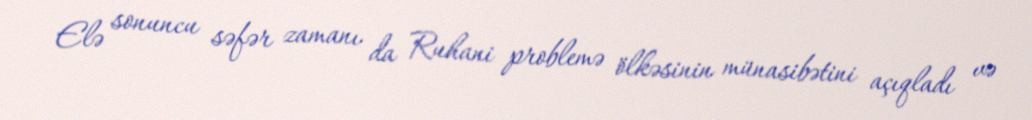
Elə sonuncu səfər zamanı da Ruhani problemə ölkəsinin münasibətini açıqladı və